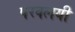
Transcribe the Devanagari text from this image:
परवलयी